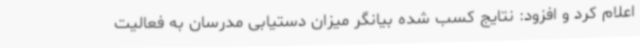
اعلام کرد و افزود: نتایج کسب شده بیانگر میزان دستیابی مدرسان به فعالیت